Indian journal of veterinary science and animal husbandry - Volume 8,
Year: 1938
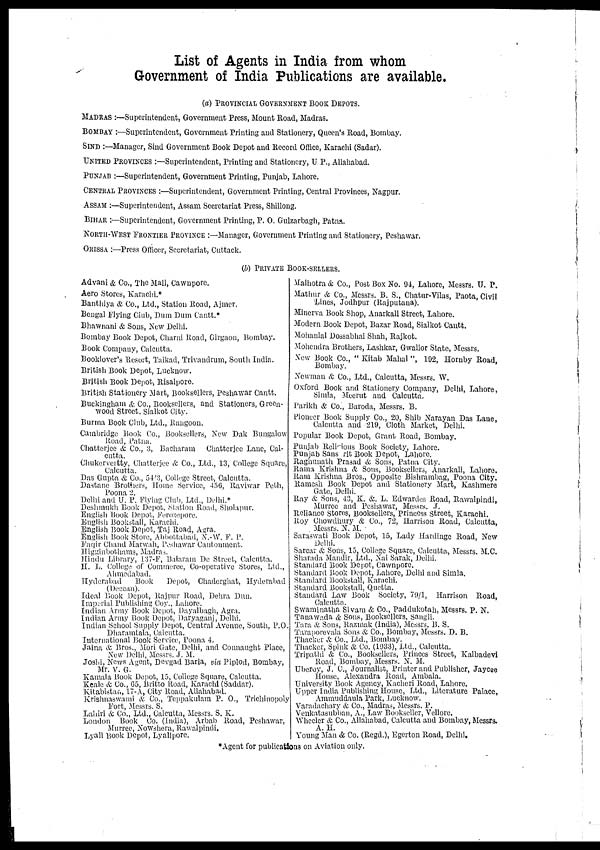
List of Agents in India from whom
Government of India Publications are available.
(a) PROVINCIAL GOVERNMENT BOOK DEPOTS.
MADRAS :—Superintendent, Government Press, Mount Road, Madras.
BOMBAY :—Superintendent, Government Printing and Stationery, Queen's Road, Bombay.
SIND :—Manager, Sind Government Book Depot and Record Office, Karachi (Sadar).
UNITED PROVINCES :—Superintendent, Printing and Stationery, U P., Allahabad.
PUNJAB :—Superintendent, Government Printing, Punjab, Lahore.
CENTRAL PROVINCES :—Superintendent, Government Printing, Central Provinces, Nagpur.
ASSAM :—Superintendent, Assam Secretariat Press, Shillong.
BIHAR :—Superintendent, Government Printing, P. O. Gulzarbagh, Patna.
NORTH-WEST FRONTIER PROVINCE :—Manager, Government Printing and Stationery, Peshawar.
ORISSA :—Press Officer, Secretariat, Cuttack.
(b) PRIVATE BOOK-SELLERS.
Advani & Co., The Mall, Cawnpore.
Aero Stores, Karachi.*
Banthiya & Co., Ltd., Station Road, Ajmer.
Bengal Flying Club, Dum Dum Cantt.*
Bhawnani & Sons, New Delhi.
Bombay Book Depot, Charni Road, Girgaon, Bombay.
Book Company, Calcutta.
Booklover's Resort, Taikad, Trivandrum, South India.
British Book Depot, Lucknow.
British Book Depot, Risalpore.
British Stationery Mart, Booksellers, Peshawar Cantt.
Buckingham & Co., Booksellers, and Stationers, Green-
wood Street. Sialkot City.
Burma Book Club, Ltd., Rangoon.
Cambridge Book Co., Booksellers, New Dak Bungalow
Road, Patna.
Chatterjee & Co., 3, Bacharam Chatterjee Lane, Cal-
cutta.
Chukervertty, Chatterjee & Co., Ltd., 13, College Square,
Calcutta.
Das Gupta & Co., 543, College Street, Calcutta.
Dastane Brothers, Home Service, 456, Raviwar Peth,
Poona 2.
Delhi and U. P. Flying Club, Ltd., Delhi.*
Deshmukh Book Depot, Station Road, Sholapur.
English Book Depot, Ferozepore.
English Bookstall, Karachi.
English Book Depot, Taj Road, Agra.
English Book Store, Abbottabad, N.-W. F. P.
Faqir Chand Marwah, Peshawar Cantonment.
Higginbothams, Madras.
Hindu Library, 137-F, Balaram De Street, Calcutta.
II. L. College of Commerce, Co-operative Stores, Ltd.,
Ahmedabad.
Hyderabad
Book
Depot, Chaderghat, Hyderabad
(Deccan).
Ideal Book Depot, Rajpur Road, Dehra Dun.
Imperial Publishing Coy., Lahore.
Indian Army Book Depot, Dayalbagh, Agra.
Indian Army Book Depot, Daryaganj, Delhi.
Indian School Supply Depot, Central Avenue, South, P.O.
Dharamtala, Calcutta.
International Book Service, Poona 4.
Jaina & Bros., Mori Gate, Delhi, and Connaught Place,
New Delhi, Messrs. J. M.
Joshi, News Agent, Devgad Baria, via Piplod, Bombay,
Mr. V. G.
Kamala Book Depot, 15, College Square, Calcutta.
Keale & Co., 65, Britto Road, Karachi (Saddar).
Kitabistan, 17-A, City Road, Allahabad.
Krishnaswami & Co., Teppakulam P. O., Trichinopoly
Fort, Messrs. S.
Lahiri & Co., Ltd., Calcutta, Messrs. S. K.
London Book Co. (India), Arbab Road, Peshawar,
Murree, Nowshera, Rawalpindi.
Lyall Book Depot, Lyallpore.
Malhotra & Co., Post Box No. 94, Lahore, Messrs. U. P.
Mathur & Co., Messrs. B. S., Chatur-Vilas, Paota, Civil
Lines, Jodhpur (Rajputana).
Minerva Book Shop, Anarkali Street, Lahore.
Modern Book Depot, Bazar Road, Sialkot Cantt.
Mohanlal Dossabhai Shah, Rajkot.
Mohendra Brothers, Lashkar, Gwalior State, Messrs.
New Book Co., " Kitab Mahal ", 192, Hornby Road,
Bombay.
Newman & Co., Ltd., Calcutta, Messrs. W.
Oxford Book and Stationery Company, Delhi, Lahore,
Simla, Meerut and Calcutta.
Parikh & Co., Baroda, Messrs. B.
Pioneer Book Supply Co., 20, Shib Narayan Das Lane,
Calcutta and 219, Cloth Market, Delhi.
Popular Book Depot, Grant Road, Bombay.
Punjab Religious Book Society, Lahore.
Punjab Sans rit Book Depot, Lahore.
Raghunath Prasad & Sons, Patna City.
Rama Krishna & Sons, Booksellers, Anarkali, Lahore.
Ram Krishna Bros., Opposite Bishrambag, Poona City.
Ramesh Book Depot and Stationery Mart, Kashmere
Gate, Delhi.
Ray & Sons, 43, K. &. L. Edwardes Road, Rawalpindi,
Murree and Peshawar, Messrs. J.
Reliance Stores, Booksellers, Princess Street, Karachi.
Roy Chowdhury & Co., 72, Harrison Road, Calcutta,
Messrs. N. M.
Saraswati Book Depot, 15, Lady Hardinge Road, New
Delhi.
Sarcar & Sons, 15, College Square, Calcutta, Messrs. M.C.
Sharada Mandir, Ltd., Nai Sarak, Delhi.
Standard Book Depot, Cawnpore.
Standard Book Depot, Lahore, Delhi and Simla.
Standard Bookstall, Karachi.
Standard Bookstall, Quetta.
Standard Law Book Society, 79/1, Harrison Road,
Calcutta.
Swaminatha Sivam & Co., Paddukotah, Messrs. P. N.
Tanawada & Sons, Booksellers, Sangli.
Tara & Sons, Razmak (India), Messrs. B. S.
Taraporevala Sons & Co., Bombay, Messrs. D. B.
Thacker & Co., Ltd., Bombay.
Thacker, Spink & Co. (1933), Ltd., Calcutta.
Tripathi & Co., Booksellers, Princes Street, Kalbadevi
Road, Bombay, Messrs. N. M.
Uberoy, J. C., Journalist, Printer and Publisher, Jaycee
House, Alexandra Road, Ambala.
University Book Agency, Kacheri Road, Lahore.
Upper India Publishing House, Ltd., Literature Palace,
Ammuddaula Park, Lucknow.
Varadachary & Co., Madras, Messrs. P.
Venkatasubban, A., Law Bookseller, Vellore.
Wheeler & Co., Allahabad, Calcutta and Bombay, Messrs.
A. H.
Young Man & Co. (Regd.), Egerton Road, Delhi.
*Agent for publications on Aviation only.